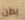
بطن